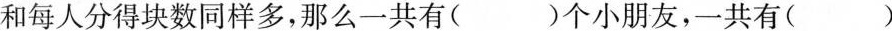
和每人分得块数同样多，那么一共有( )个小朋友，一共有( )